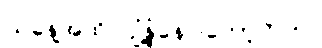
ယနေ့အထိ ပျံ့နှံ့နေပါတော့တယ်။